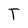
Character: T